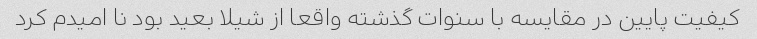
کیفیت پایین در مقایسه با سنوات گذشته واقعا از شیلا بعید بود نا امیدم کرد